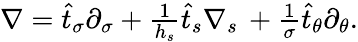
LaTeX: \begin{array}{r}{\nabla=\widehat{t}_{\sigma}\partial_{\sigma}+\frac{1}{h_{s}}\widehat{t}_{s}\nabla_{s}\, +\frac{1}{\sigma}\widehat{t}_{\theta}\partial_{\theta}.}\end{array}